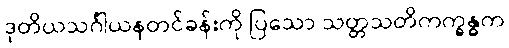
ဒုတိယသင်္ဂါယနတင်ခန်းကို ပြသော သတ္တသတိကက္ခန္ဓက